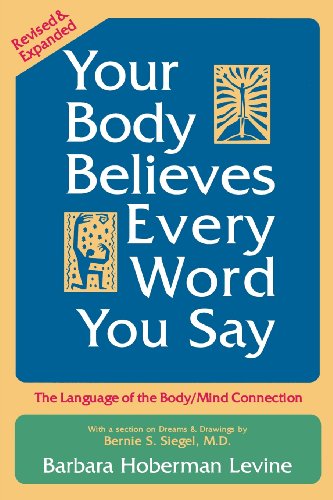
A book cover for Your Body Believes Every Word You Say: The Language of the Bodymind Connection, Revised and Expanded Edition; Barbara Hoberman Levine; Health, Fitness & Dieting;